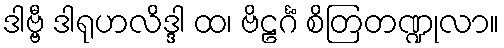
ဒါဗ္ဗီ ဒါရုဟလိဒ္ဒါ ထ၊ ဗိဠင်္ဂံ စိတြတဏ္ဍုလာ။